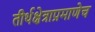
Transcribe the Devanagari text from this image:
तीर्थक्षेत्राप्रमाणेच